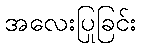
အလေးပြုခြင်း